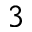
^ 3